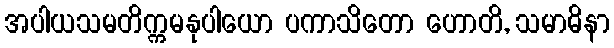
အပါယသမတိက္ကမနုပါယော ပကာသိတော ဟောတိ, သမာဓိနာ